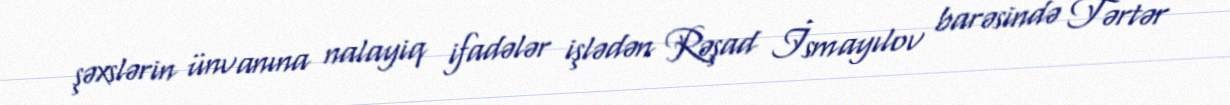
şəxslərin ünvanına nalayiq ifadələr işlədən Rəşad İsmayılov barəsində Tərtər